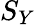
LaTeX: S_{Y}